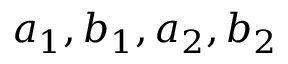
a _ { 1 } , b _ { 1 } , a _ { 2 } , b _ { 2 }